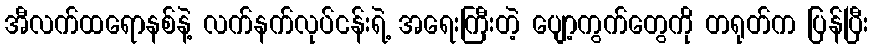
အီလက်ထရောနစ်နဲ့ လက်နက်လုပ်ငန်းရဲ့ အရေးကြီးတဲ့ ပျော့ကွက်တွေကို တရုတ်က ပြန်ပြီး